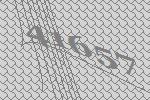
41657